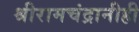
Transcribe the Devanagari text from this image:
श्रीरामचंद्रानीही